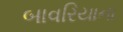
બાવરિયાના